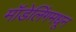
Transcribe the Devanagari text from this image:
मॉडेलिंगमधून